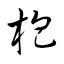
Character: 枹